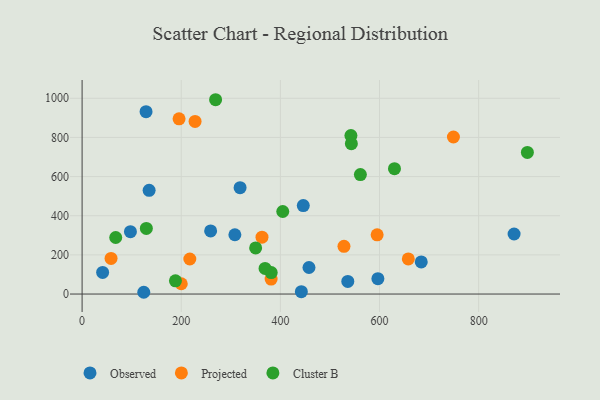
{"axis": {"x": "Price", "y": "Yield"}, "legend": ["Cluster B", "Observed", "Projected"], "data": [{"x": "135.2", "y": 529.9, "type": "Observed"}, {"x": "318.7", "y": 543.5, "type": "Observed"}, {"x": "259.3", "y": 322.4, "type": "Observed"}, {"x": "97.5", "y": 318.4, "type": "Observed"}, {"x": "446.2", "y": 451.8, "type": "Observed"}, {"x": "442.3", "y": 12.2, "type": "Observed"}, {"x": "124.4", "y": 9.0, "type": "Observed"}, {"x": "871.5", "y": 306.6, "type": "Observed"}, {"x": "684.2", "y": 164.0, "type": "Observed"}, {"x": "41.4", "y": 110.5, "type": "Observed"}, {"x": "129.0", "y": 931.4, "type": "Observed"}, {"x": "596.7", "y": 78.3, "type": "Observed"}, {"x": "457.7", "y": 135.6, "type": "Observed"}, {"x": "536.0", "y": 64.4, "type": "Observed"}, {"x": "308.2", "y": 302.8, "type": "Observed"}, {"x": "362.9", "y": 290.3, "type": "Projected"}, {"x": "658.1", "y": 179.4, "type": "Projected"}, {"x": "58.4", "y": 181.7, "type": "Projected"}, {"x": "195.6", "y": 894.9, "type": "Projected"}, {"x": "595.2", "y": 302.5, "type": "Projected"}, {"x": "528.3", "y": 243.8, "type": "Projected"}, {"x": "217.3", "y": 179.1, "type": "Projected"}, {"x": "227.9", "y": 881.7, "type": "Projected"}, {"x": "749.1", "y": 802.3, "type": "Projected"}, {"x": "381.3", "y": 76.3, "type": "Projected"}, {"x": "200.1", "y": 52.6, "type": "Projected"}, {"x": "269.3", "y": 992.6, "type": "Cluster B"}, {"x": "381.5", "y": 109.5, "type": "Cluster B"}, {"x": "67.8", "y": 288.7, "type": "Cluster B"}, {"x": "369.1", "y": 130.6, "type": "Cluster B"}, {"x": "630.2", "y": 640.2, "type": "Cluster B"}, {"x": "542.3", "y": 809.7, "type": "Cluster B"}, {"x": "543.2", "y": 768.1, "type": "Cluster B"}, {"x": "129.6", "y": 335.3, "type": "Cluster B"}, {"x": "350.1", "y": 235.5, "type": "Cluster B"}, {"x": "188.3", "y": 67.5, "type": "Cluster B"}, {"x": "898.3", "y": 723.4, "type": "Cluster B"}, {"x": "561.4", "y": 610.4, "type": "Cluster B"}, {"x": "404.8", "y": 421.5, "type": "Cluster B"}]}